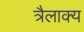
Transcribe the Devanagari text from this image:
त्रैलाक्य